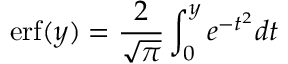
\mathrm { e r f } ( y ) = \frac { 2 } { \sqrt { \pi } } \int _ { 0 } ^ { y } e ^ { - t ^ { 2 } } d t